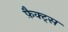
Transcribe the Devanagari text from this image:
फ़ैक्ट्स